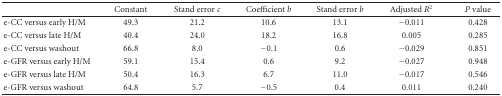
|  | Constant | Stand error c | Coefficient b | Stand error b | Adjusted R2 | P value |
 | --- | --- | --- | --- | --- | --- | --- |
 | e-CC versus early H/M | 49.3 | 21.2 | 10.6 | 13.1 | −0.011 | 0.428 |
 | e-CC versus late H/M | 40.4 | 24.0 | 18.2 | 16.8 | 0.005 | 0.285 |
 | e-CC versus washout | 66.8 | 8.0 | −0.1 | 0.6 | −0.029 | 0.851 |
 | e-GFR versus early H/M | 59.1 | 15.4 | 0.6 | 9.2 | −0.027 | 0.948 |
 | e-GFR versus late H/M | 50.4 | 16.3 | 6.7 | 11.0 | −0.017 | 0.546 |
 | e-GFR versus washout | 64.8 | 5.7 | −0.5 | 0.4 | 0.011 | 0.240 |